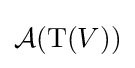
{\mathcal {A}}(\mathrm {T} (V))